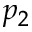
p _ { 2 }